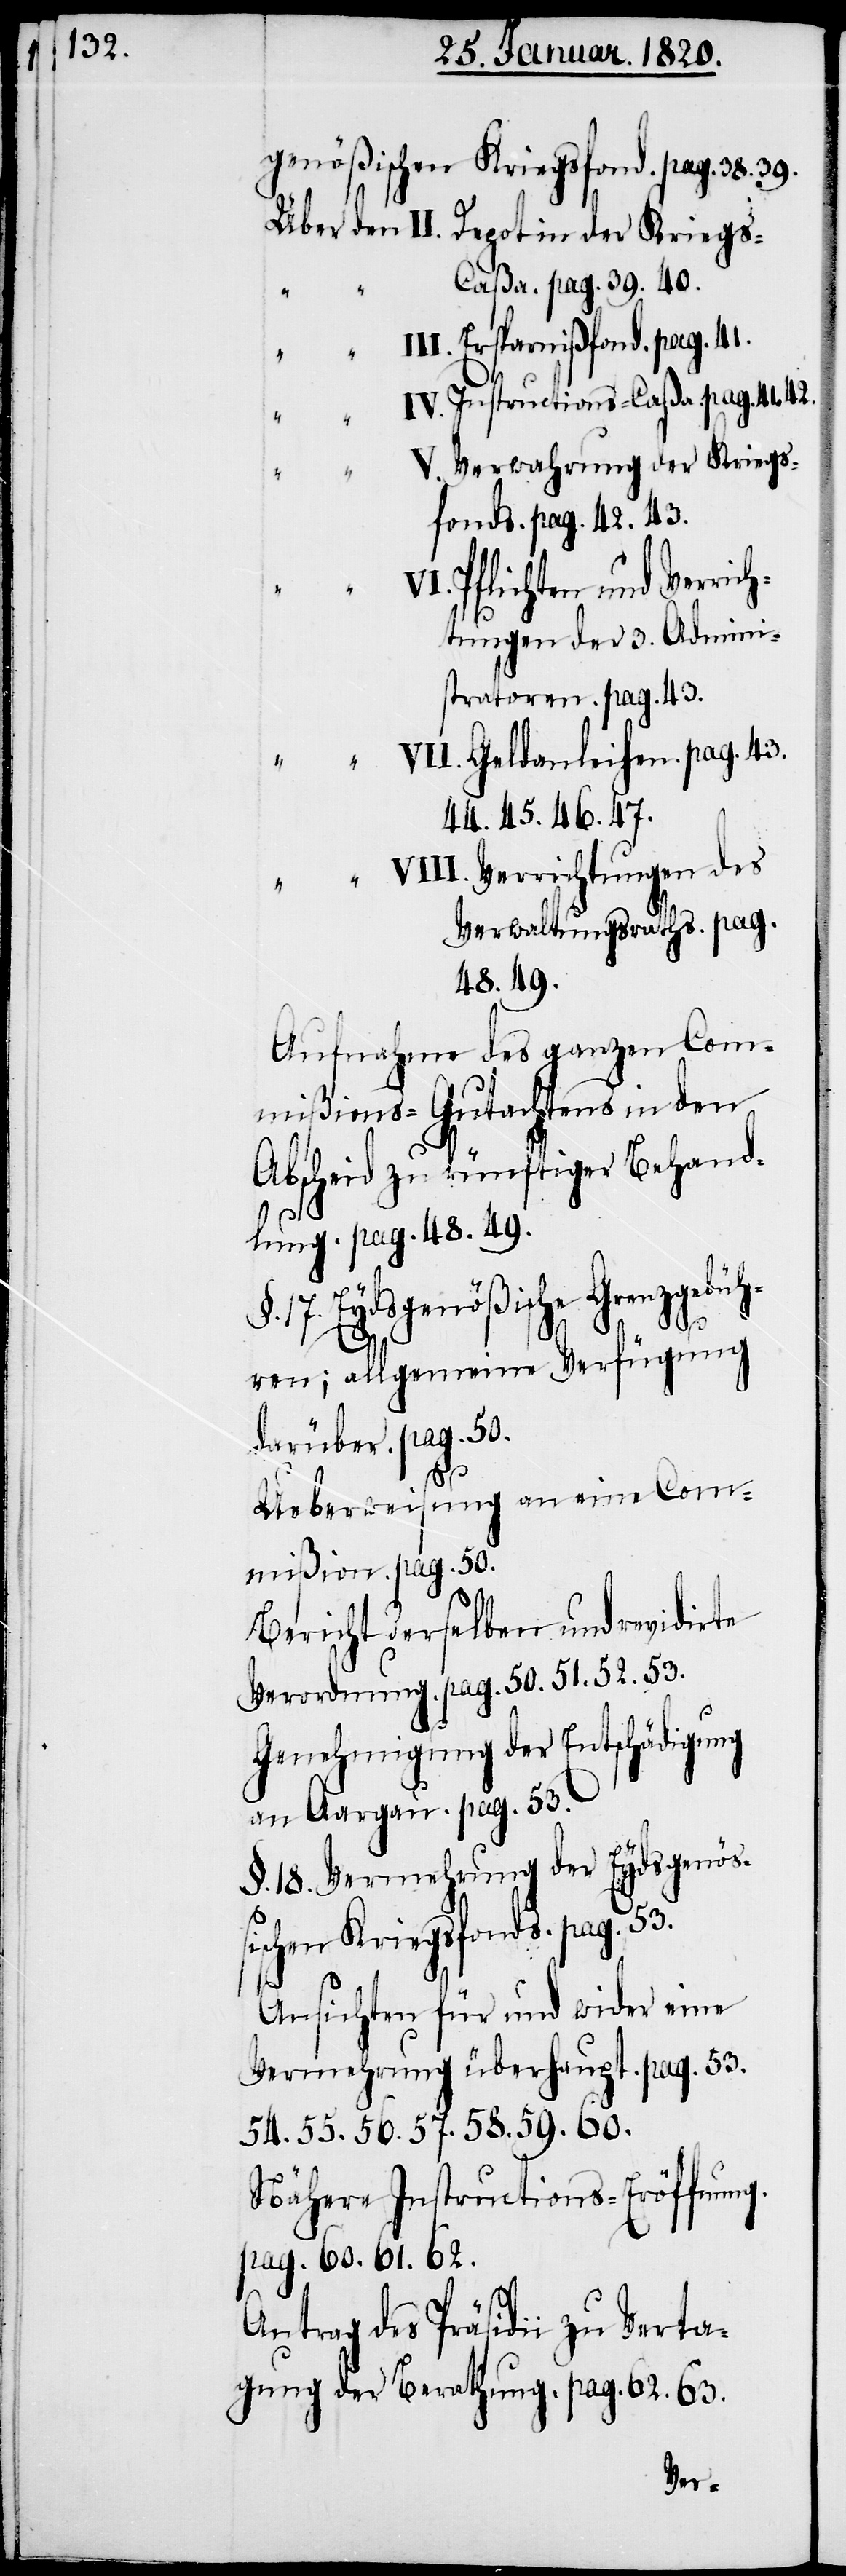
genößischen Kriegsfond. pag. 38.
s-Caßa. pag. 39. 40.
„ „
III. Ersparnißfond. pag. 41.
IV. Instructions-Caßa. pag. 41. 42.
Verwahrung der Kriegs¬
fonds. pag. 42. 43.
Pflichten und Verric¬
htungen der 3. Admini¬
stratoren. pag. 43.
VII. Geldanleihen. pag. 43.
44. 45. 46. 47.
VIII. Verrichtungen des
Verwaltungsraths. pag.
48. 49.
Aufnahme des ganzen Com¬
mißions-Gutachtens in den
Abscheid zu künftiger Behand¬
lung. pag. 48. 49.
17. Eydsgenößische Grenzgebüh¬
ren; allgemeine Verfügung
darüber. pag. 50.
Ueberweisung an eine Com¬
mißion. pag. 50.
Bericht derselben und revidirte
Verordnung. pag. 50. 51. 52. 53.
Genehmigung der Entschädigung
an Aargau. pag. 53.
§. 18. Vermehrung der Eydsgenöß¬
ischen Kriegsfonds. pag. 53.
Ansichten für und wider eine
Vermehrung überhaupt. pag. 53.
54. 55. 56. 57. 58. 59. 60.
Nähere Instructions-Eröffnung.
pag. 60. 61. 62.
Antrag des Präsidii zu Verta¬
gung der Berathung. pag. 62. 63.
Krieg¬